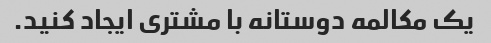
یک مکالمه دوستانه با مشتری ایجاد کنید.